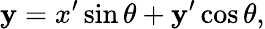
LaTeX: \mathbf{y}=x^{\prime}\sin\theta+\mathbf{y}^{\prime}\cos\theta,